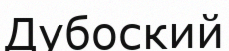
Дубоский